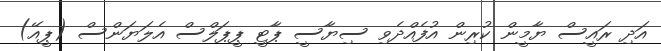
އަދި ރައީސް ޔާމީން ކުރިން އުފެއްދެވި ސިޔާސީ ޕާޓީ ޕީޕަލްސް އެލަޔަންސް (ޕީއޭ)